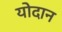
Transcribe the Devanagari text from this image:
योदान